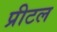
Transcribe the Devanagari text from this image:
प्रीटल